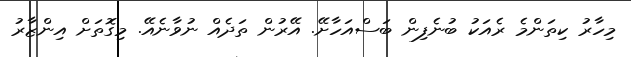
މިހާރު ކިތަންމެ ރެއަކު ބުނެފިން ބަސްއަހާށޭ. އޭރުން ތަދެއް ނުވާނެއޭ. މިގޮތަށް އިންޒާރު